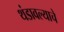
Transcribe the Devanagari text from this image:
थंडावल्याचे